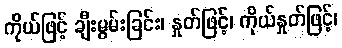
ကိုယ်ဖြင့် ချီးမွမ်းခြင်း၊ နှုတ်ဖြင့်၊ ကိုယ်နှုတ်ဖြင့်၊